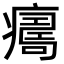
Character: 𤺜